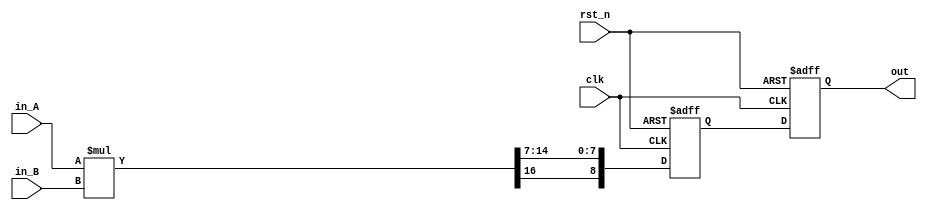
module SM(clk,rst_n,in_A,in_B,out);
input clk,rst_n;
input signed [8:0] in_A;
input signed [7:0] in_B;
output signed [8:0] out;
reg signed [8:0] temp_delay_1;
reg signed [8:0] temp;

//out
assign out = temp;

wire signed [17:0] mul_temp = in_A * in_B;  

//temp
always @(posedge clk or negedge rst_n) begin
	if(~rst_n) begin
		temp <= 'd0;
	end 
	else begin
		temp <= temp_delay_1;
	end
end

//temp_delay_1
always @(posedge clk or negedge rst_n) begin
	if(~rst_n) begin
		temp_delay_1 <= 0;
	end 
	else begin
		temp_delay_1 <= {mul_temp[17],mul_temp[14:7]};
	end
end

endmodule